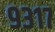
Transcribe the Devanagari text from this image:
९३१७